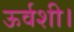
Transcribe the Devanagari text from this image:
ऊर्वशी।